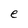
Character: e